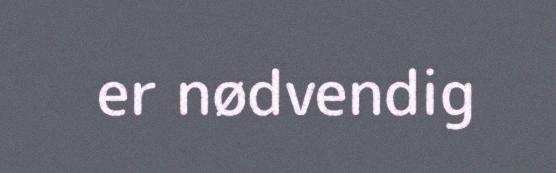
er nødvendig